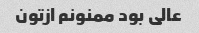
عالی بود ممنونم ازتون